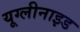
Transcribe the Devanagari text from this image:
यूग्लीनाइड